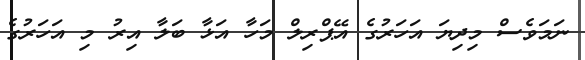
ނަމަވެސް މިދިޔަ އަހަރުގެ އޭޕްރިލް މަހާ އަޅާ ބަލާ އިރު މި އަހަރުގެ